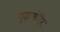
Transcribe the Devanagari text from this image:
गुहामंदिर